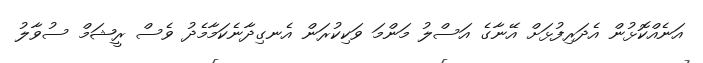
އަނެއްކޮޅުން އެދަރިފުޅަށް އޭނާގެ އަސްލު މަންމަ ވަކިކުރަން އެނގިދާނެކަމާމެދު ވެސް ރީޝަމް ސުވާލު